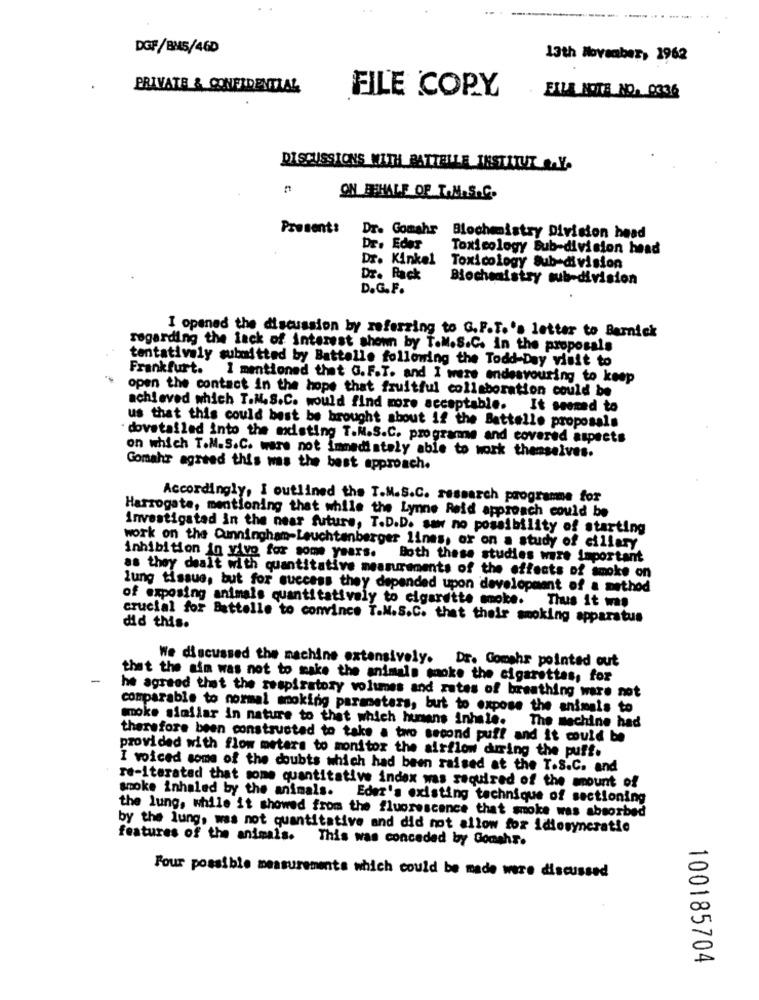
DGF/BMS/46D
13th November, 1962
PRIVATE & CONFIDENTIAL
FILE COPY
FILLMORE NO. 0336
DISCUSSIONS WITH BATTELLE INSTITUT &.Y.
ON BEHALF OF T.M.S.C.
Present:
Dr. Gomahr Blochemistry Division head
Dr. Eder
Toxicology Sub-division head
Dr. Kinkel Toxicology Sub-division
Dr. Rack
Biochemistry sub-division
D.G.F.
I opened the discussion by referring to G.F.T.'s letter to Barnick
regarding the lack of interest shown by T.M.S.C. In the proposals
tentatively submitted by Battelle following the Todd-Day visit to
Frankfurt. 1 mentioned that G.F.T. and I were endestouring to keep
open the contact in the hope that fruitful collaboration could be
achieved which T.N.S.C. would find more acceptable.
It seemed to
us that this could best be brought shout if the Battelle proposals
dovetailed into the misting T.M.S.C. programme and covered aspects
on which T.M.S.C. ware not immediately able to work themselves.
Gomahr agreed this was the best approach.
Accordingly, I outlined the T.M.S.C. research programme for
Harrogate, mentioning that while the Lynne Reid approach could be
Investigated in the near future, T.D.D. saw no possibility of starting
work on the Cunningham-Leuchtenberger lines, or on a study of ciliary
inhibition in vivo for some years.
Both these studies wire important
as they dealt with quantitative measurements of the effects of smoke on
lung tissue, but for success they depended upon development of a method
of exposing animals quantitatively to cigarette smoke. Thus it was
crucial for Battelle to convince T.N.S.C. that their smoking apparatus
did this.
We discussed the machine extensively. Dr. Comghs pointed out
-
that the aim was not to make the animals moke the cigarettes, for
he agreed that the respiratory volumes and rates of breathing ware not
comparable to normal smoking parameters, but to expose the animals to
moke simliar in nature to that which humans inhale.
The machine had
therefore been constructed to take a two second puff and it could be
provided with flow meters to monitor the airflow during the puff.
I voiced some of the doubts which had been raised at the T.S.C. and
re-iterated that some quantitative index was required of the mount of
smoke inhaled by the animals.
Eder's existing technique of sectioning
the lung, while it showed from the fluorescence that smoke was absorbed
by the lung, was not quantitative and did not allow for idiosyncratie
features of the animals.
This was conceded by Gomehr.
Four possible measurements which could be made were discussed
100185704